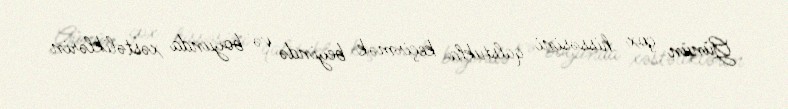
Günün çox hissəsini qalstukla keçirmək beyində və boyunda xəstəliklərin